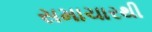
સમાચારથી